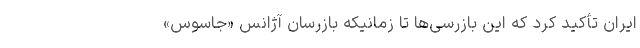
ایران تأکید کرد که این بازرسی‌ها تا زمانیکه بازرسان آژانس «جاسوس»